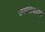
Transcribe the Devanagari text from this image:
उपासिकांचा